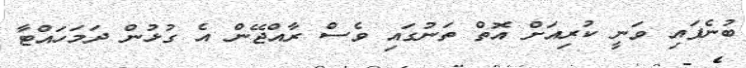
ބުނެފައި ވަނީ ކުރިއަށް އޮތް ތަނުގައި ވެސް ރާއްޖޭން އެ ގުޅުން ދަމަހައްޓާ